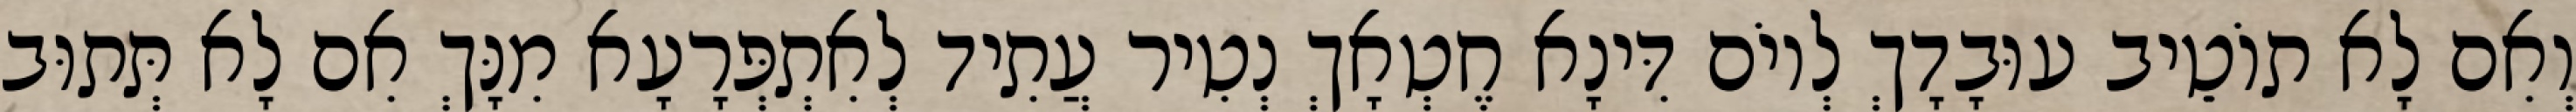
וְאִם לָא תוֹטֵיב עוּבָדָךְ לְיוֹם דִּינָא חֶטְאָךְ נְטִיר עֲתִיד לְאִתְפְּרָעָא מִנָּךְ אִם לָא תְּתוּב